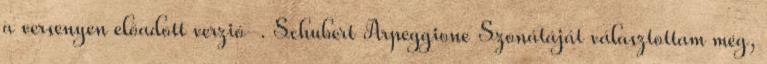
a versenyen előadott verzió-. Schubert Arpeggione Szonátáját választottam még,